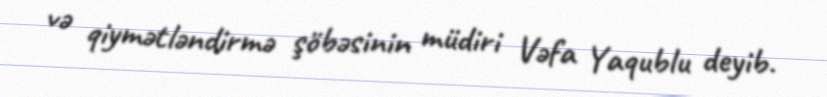
və qiymətləndirmə şöbəsinin müdiri Vəfa Yaqublu deyib.